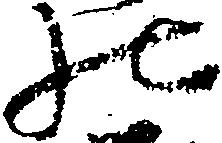
の